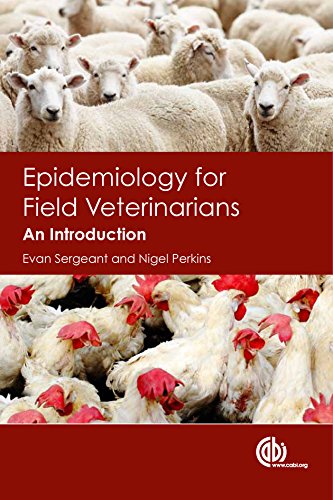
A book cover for Epidemiology for Field Veterinarians: An Introduction; Evan Sergeant; Medical Books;